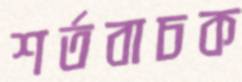
শর্তবাচক